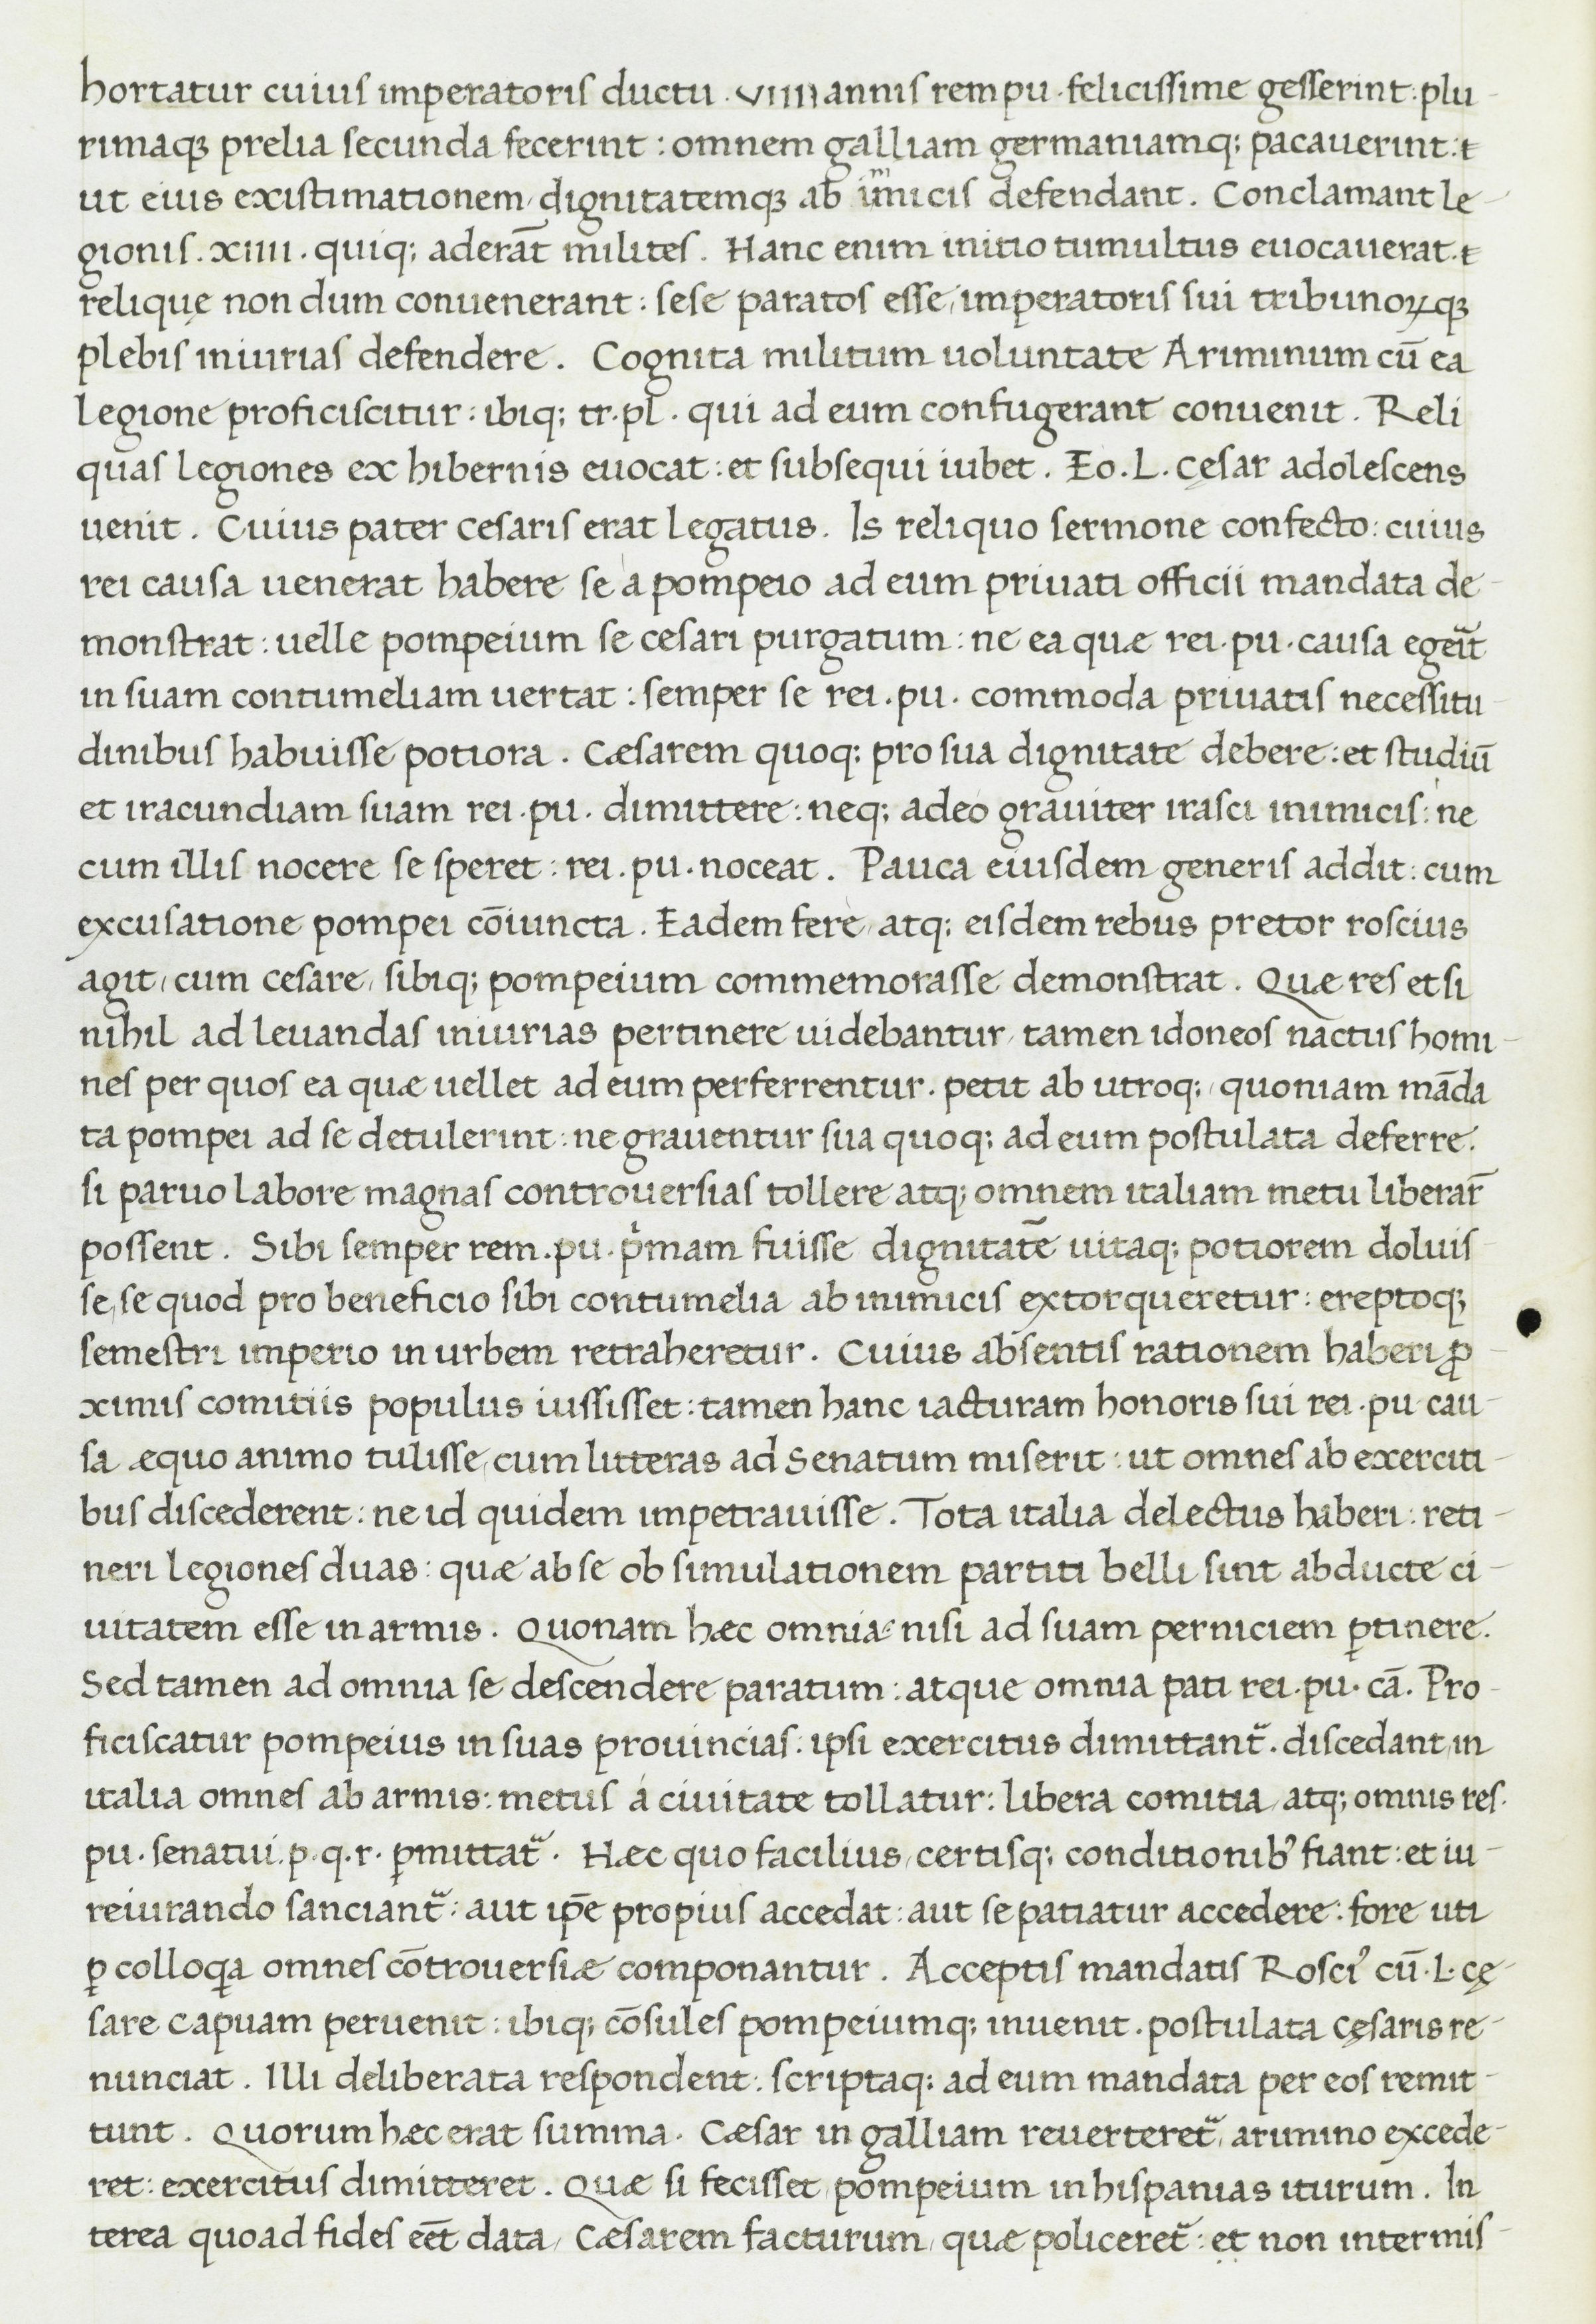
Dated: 1400–1499